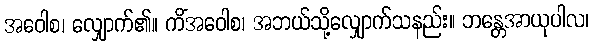
အဝေါစ၊ လျှောက်၏။ ကိံအဝေါစ၊ အဘယ်သို့လျှောက်သနည်း။ ဘန္တေအာယုပါလ၊